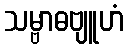
သမ္ဗာဓဗျူဟံ